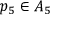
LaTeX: p _ { 5 } \in A _ { 5 }